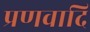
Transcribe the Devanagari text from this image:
प्रणवादि